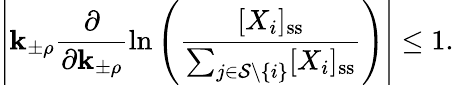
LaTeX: \left|\mathbf{k}_{\pm\rho}\frac{{\partial}}{{\partial\mathbf{k}_{\pm\rho}}}\ln\left(\frac{{[X_{i}]_{\mathrm{{ss}}}}}{{\sum_{j\in\mathcal{{S}}\setminus\{ i\} }[X_{i}]_{\mathrm{{ss}}}}}\right)\right|\leq1.